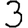
Digit: 3